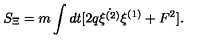
S _ { \Xi } = m \int d t [ 2 q \dot { \xi ^ { ( 2 ) } } \xi ^ { ( 1 ) } + F ^ { 2 } ] .